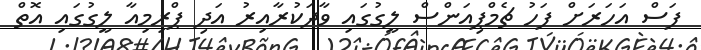
ފަސް އަހަރަށް ފަހު ޗެމްޕިއަންސް ލީގުގައި ވާދަކުރާއިރު އަދި ޕްރިމިއާ ލީގުގައި އޮތް